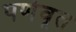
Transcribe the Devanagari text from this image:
पर्णवृत